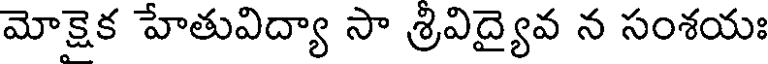
మోక్షైక హేతువిద్యా సా శ్రివిద్యైవ న సంశయః